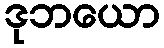
ဒုဘယော